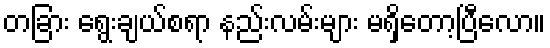
တခြား ရွေးချယ်စရာ နည်းလမ်းများ မရှိတော့ပြီလော။